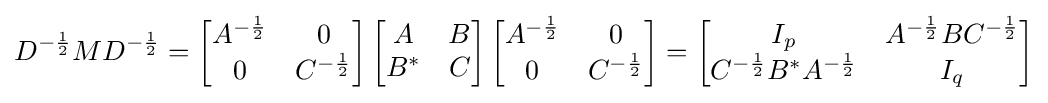
D^{-{\frac {1}{2}}}MD^{-{\frac {1}{2}}}=\left[{\begin{matrix}A^{-{\frac {1}{2}}}&0\\0&C^{-{\frac {1}{2}}}\end{matrix}}\right]\left[{\begin{matrix}A&B\\B^{*}&C\end{matrix}}\right]\left[{\begin{matrix}A^{-{\frac {1}{2}}}&0\\0&C^{-{\frac {1}{2}}}\end{matrix}}\right]=\left[{\begin{matrix}I_{p}&A^{-{\frac {1}{2}}}BC^{-{\frac {1}{2}}}\\C^{-{\frac {1}{2}}}B^{*}A^{-{\frac {1}{2}}}&I_{q}\end{matrix}}\right]